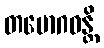
တမောဂဓန္တိ